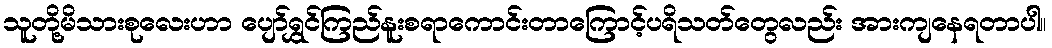
သူတို့မိသားစုလေးဟာ ပျော်ရွှင်ကြည်နူးစရာကောင်းတာကြောင့်ပရိသတ်တွေလည်း အားကျနေရတာပါ။